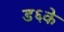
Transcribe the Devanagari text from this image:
ड६के